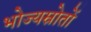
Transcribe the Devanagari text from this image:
भोज्यस्रोतों